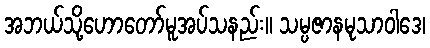
အဘယ်သို့ဟောတော်မူအပ်သနည်း။ သမ္ပဇာနမုသာဝါဒေ၊